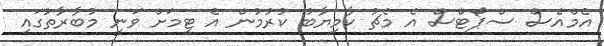
އެމްއެސް ސްޕޯޓްސް އެ މެޗު ކާމިޔާބު ކުރުމުން އެ ޓީމަށް ވަނީ މުބާރާތުގައި